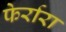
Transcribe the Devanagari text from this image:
फेर्रारा